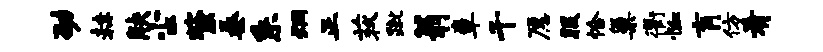
劭赫觖尘紫桑系炯正荻蹴翁章千愿服恰巢衢恤肓仿肴